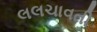
લલચાવતી